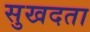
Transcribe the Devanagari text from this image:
सुखदता